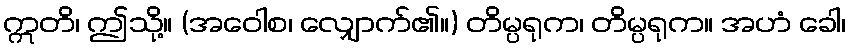
ဣတိ၊ ဤသို့။ (အဝေါစ၊ လျှောက်၏။) တိမ္ပရုက၊ တိမ္ပရုက။ အဟံ ခေါ၊